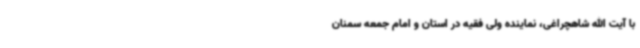
با آیت الله شاهچراغی، نماینده ولی فقیه در استان و امام جمعه سمنان